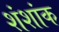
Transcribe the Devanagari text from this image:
शंशांक